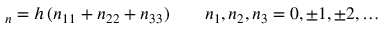
\v { r } _ { \boldsymbol { n } } = h \, ( n _ { 1 } \v { e } _ { 1 } + n _ { 2 } \v { e } _ { 2 } + n _ { 3 } \v { e } _ { 3 } ) \qquad n _ { 1 } , n _ { 2 } , n _ { 3 } = 0 , \pm 1 , \pm 2 , \dots